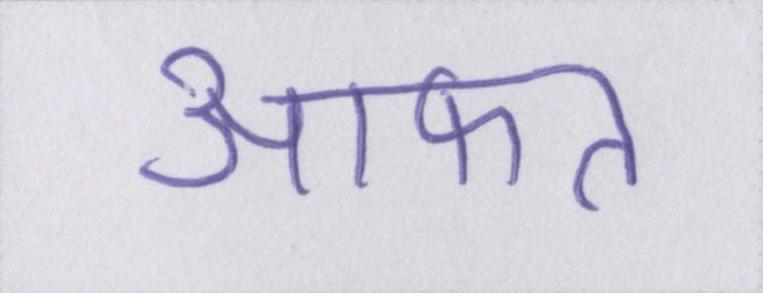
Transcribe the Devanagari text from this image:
आफत